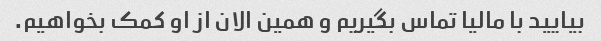
بیایید با مالیا تماس بگیریم و همین الان از او کمک بخواهیم.